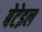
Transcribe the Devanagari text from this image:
बेटेइल